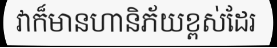
វាក៏មានហានិភ័យខ្ពស់ដែរ